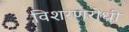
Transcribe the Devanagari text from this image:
विशरणरोधी